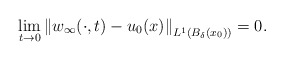
\begin{align*}\lim_{t\to 0}\left\|w_{\infty}(\cdot,t)-u_0(x)\right\|_{L^1(B_{\delta}(x_0))}=0.\end{align*}